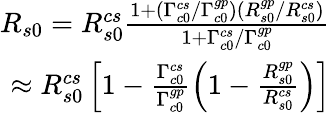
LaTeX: \begin{array}{r}{R_{s0}=R_{s0}^{cs}\frac{1+(\Gamma_{c0}^{cs}/\Gamma_{c0}^{gp})(R_{s0}^{gp}/{R_{s0}^{cs})}}{1+\Gamma_{c0}^{cs}/\Gamma_{c0}^{gp}}}\\ {\approx R_{s0}^{cs}\left[1-\frac{\Gamma_{c0}^{cs}}{\Gamma_{c0}^{gp}}\left(1-\frac{R_{s0}^{gp}}{R_{s0}^{cs}}\right)\right]}\end{array}